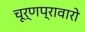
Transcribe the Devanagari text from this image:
चूर्णप्रावारो